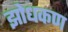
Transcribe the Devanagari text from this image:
झोधकण